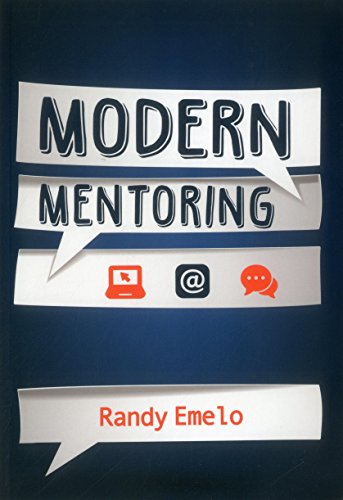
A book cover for Modern Mentoring; Randy Emelo; Business & Money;